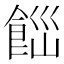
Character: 𩛋